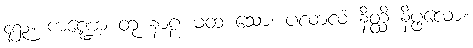
၄၅၃။ ကဏ္ဍော တု နာဠ မထ သော၊ ပလာလံ နိတ္ထိ နိပ္ဖလော။